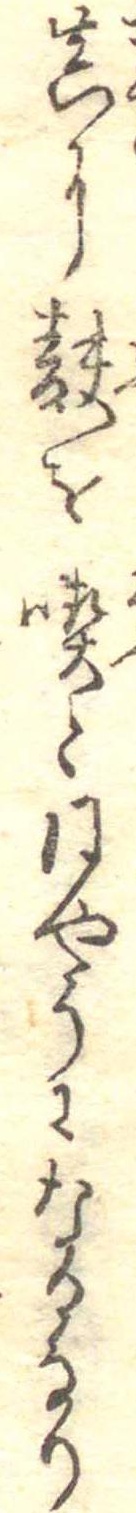
真に麩を喫と同やうになるなり